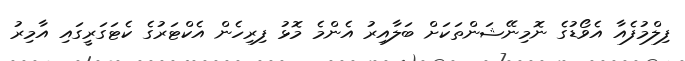
ފިލްމުފެއާ އެވޯޑުގެ ނޮމިނޭޝަންތަކަށް ބަލާއިރު އެންމެ މޮޅު ފިރިހެން އެކްޓަރުގެ ކެޓަގަރީގައި އާމިރު